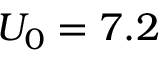
U _ { 0 } = 7 . 2